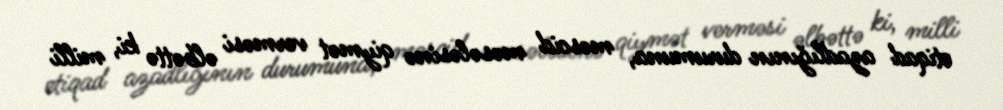
etiqad azadlığının durumuna, məscid məsələsinə qiymət verməsi əlbəttə ki, milli